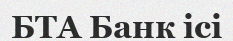
БТА Банк ісі